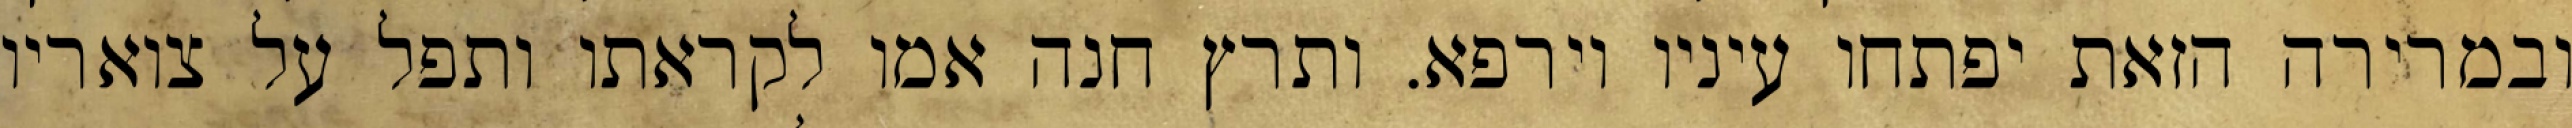
ובמרירה הזאת יפתחו עיניו וירפא. ותרץ חנה אמו לקראתו ותפל על צואריו